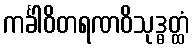
ကင်္ခါဝိတရဏဝိသုဒ္ဓတ္ထံ